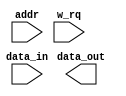
`timescale 1ns/1ps
module memUnit_32b(addr, data_in, data_out, w_rq);
    parameter size = 32;
    // Specifying the ports
    input [size-1:0] addr;
    input [size-1:0] data_in;
    output [size-1:0] data_out;
    input w_rq;

    // ALERT: This module is an unimplemented place holder.
endmodule